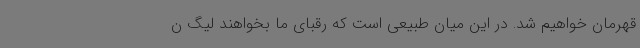
قهرمان خواهیم شد. در این میان طبیعی است که رقبای ما بخواهند لیگ ن